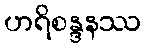
ဟရိစန္ဒနဿ